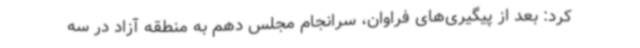
کرد: بعد از پیگیری‌های فراوان، سرانجام مجلس دهم به منطقه آزاد در سه